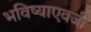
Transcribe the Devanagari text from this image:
भविष्याएवजी